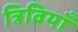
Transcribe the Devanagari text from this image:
त्रिवियाँ